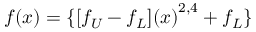
f ( x ) = { \{ [ { f _ { U } - f _ { L } ] ( x ) } ^ { 2 , 4 } + f _ { L } \} }